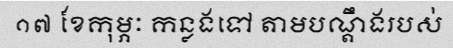
១៧ ខែកុម្ភៈ កន្លងទៅ តាមបណ្តឹងរបស់